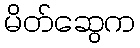
မိတ်ဆွေက